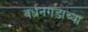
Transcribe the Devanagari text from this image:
वर्धनगडाच्या